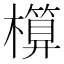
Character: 𣝶